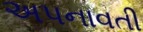
અપનાવતી